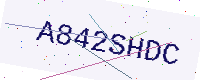
Text: A842SHDC